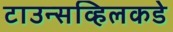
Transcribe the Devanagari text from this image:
टाउन्सव्हिलकडे